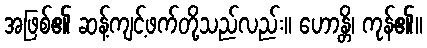
အဖြစ်၏ ဆန့်ကျင့်ဖက်တို့သည်လည်း။ ဟောန္တိ၊ ကုန်၏။